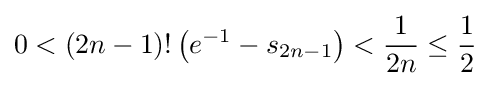
0<(2n-1)!\left(e^{-1}-s_{2n-1}\right)<{\frac {1}{2n}}\leq {\frac {1}{2}}